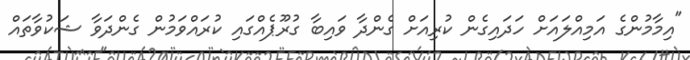
"އިމާމުންގެ އަމިއްލައަށް ހަދައިގެން ކުރިއަށް ގެންދާ ވައިބާ ގުރޫޕެއްގައި ކުރައްވަމުން ގެންދަވާ ޝަކުވާތައް